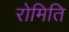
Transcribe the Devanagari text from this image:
रोमिति